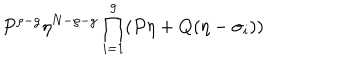
P ^ { \rho - g } \eta ^ { N - \rho - g } \prod _ { i = 1 } ^ { g } ( P \eta + Q ( \eta - \sigma _ { i } ) )